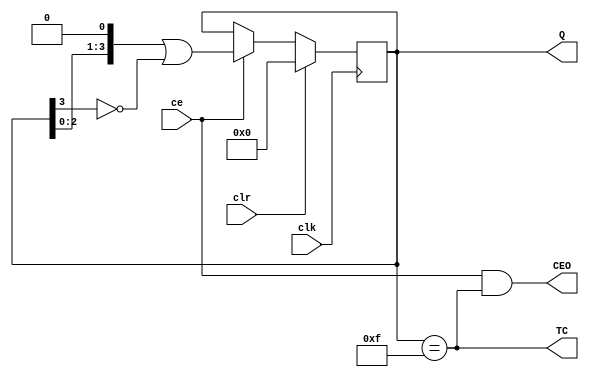
module VCJ4RE0(input ce,  output reg[3:0] Q = 0,
               input clk, output wire TC,
						   input clr, output wire CEO);
	assign TC  = (Q == 15);
	assign CEO = ce & TC;
	always @(posedge clk) begin
		Q <= clr ? 0 : (ce ? Q << 1 | !Q[3]: Q);
	end
endmodule

module VCJ4RE2(input ce,  output reg[3:0] Q = 2,
               input clk, output wire TC,
						   input clr, output wire CEO);
	assign TC  = (Q == 15);
	assign CEO = ce & TC;
	always @(posedge clk) begin
		Q <= clr ? 2 : (ce ? Q << 1 | !Q[3]: Q);
	end
endmodule